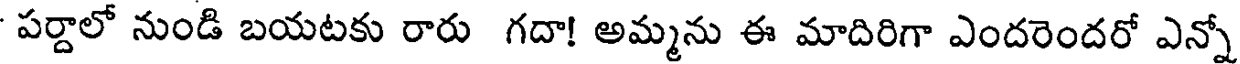
పర్దాలో నుండి బయటకు రారు గదా! అమ్మను ఈ మాదిరిగా ఎందరెందరో ఎన్నో